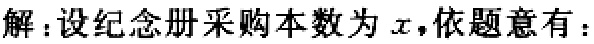
解：设纪念册采购本数为\(x\)，依题意有：